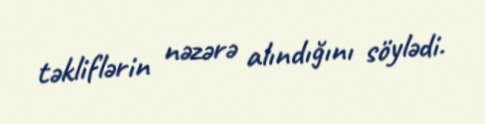
təkliflərin nəzərə alındığını söylədi.